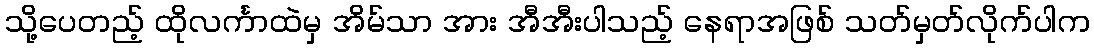
သို့ပေတည့် ထိုလင်္ကာထဲမှ အိမ်သာ အား အီအီးပါသည့် နေရာအဖြစ် သတ်မှတ်လိုက်ပါက